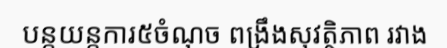
បន្តយន្តការ៥ចំណុច ពង្រឹងសុវត្ថិភាព រវាង